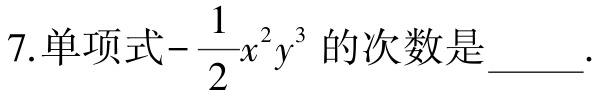
7.单项式\(-\dfrac{1}{2}x^{2}y^{3}\)的次数是______.